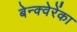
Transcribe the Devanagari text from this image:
बेन्क्वेरेंका